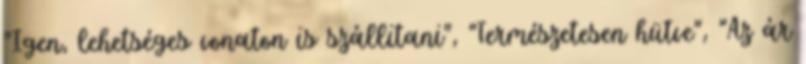
"Igen, lehetséges vonaton is szállitani", "Természetesen hütve", "Az ár